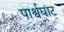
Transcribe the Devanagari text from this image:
पार्श्वघाट